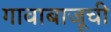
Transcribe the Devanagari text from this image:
गावाबाजूची